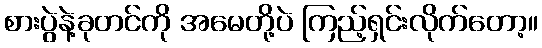
စားပွဲနဲ့ခုတင်ကို အမေတို့ပဲ ကြည့်ရှင်းလိုက်တော့။